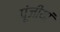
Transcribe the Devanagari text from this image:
पूंजीयां